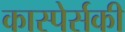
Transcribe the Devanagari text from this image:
कास्पेर्सकी